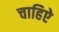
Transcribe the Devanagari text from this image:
चाहिऐ